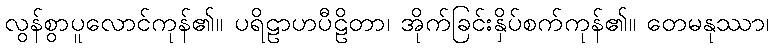
လွန်စွာပူလောင်ကုန်၏။ ပရိဠာဟပီဠိတာ၊ အိုက်ခြင်းနှိပ်စက်ကုန်၏။ တေမနုဿာ၊